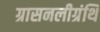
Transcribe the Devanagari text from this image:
ग्रासनलीग्रंथि